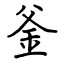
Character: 釜